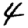
Digit: 4